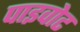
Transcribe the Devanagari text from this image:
पाइवोट